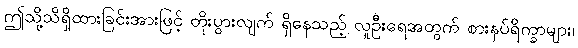
ဤသို့သိရှိထားခြင်းအားဖြင့် တိုးပွားလျက် ရှိနေသည့် လူဦးရေအတွက် စားနပ်ရိက္ခာများ၊